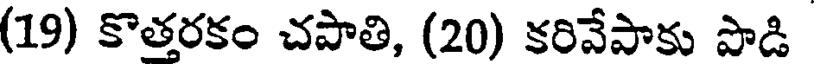
(19) కొత్తరకం చపాతి, (20) కరివేపాకు పాడి